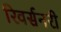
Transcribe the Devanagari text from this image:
रिवर्सनरी